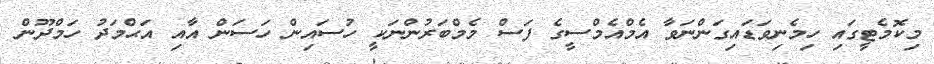
މިކޮމެޓީގައި ހިމެނިވަޑައިގަންނަވާ އެމްއެމްސީގެ ފަސް މެމްބަރުންނަކީ ހުސައިން ހަސަން އާއި އަޙްމަދު ހަމްދޫން